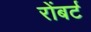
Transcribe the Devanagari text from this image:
रोंबर्ट